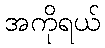
အကိုရယ်